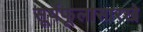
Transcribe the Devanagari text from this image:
सूर्यफूलासारखे